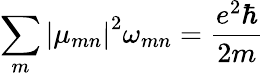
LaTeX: \sum_{m}{{\left|{\mu}_{mn}\right|}^{2}{\omega}_{mn}}=\frac{e^{2}\hbar}{2m}